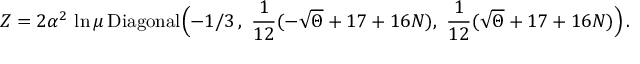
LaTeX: Z = 2 \alpha ^ { 2 } \, \ln \mu \, \mathrm { D i a g o n a l } \Bigl ( - 1 / 3 \, , \, \, \frac { 1 } { 1 2 } ( - \sqrt \Theta + 1 7 + 1 6 N ) , \, \, \frac { 1 } { 1 2 } ( \sqrt \Theta + 1 7 + 1 6 N ) \Bigr ) \, .